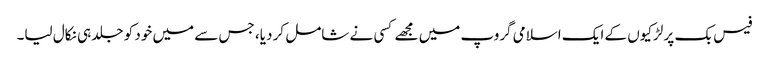
فیس بک پر لڑکیوں کے ایک اسلامی گروپ میں مجھے کسی نے شامل کر دیا، جس سے میں خود کو جلد ہی نکال لیا۔